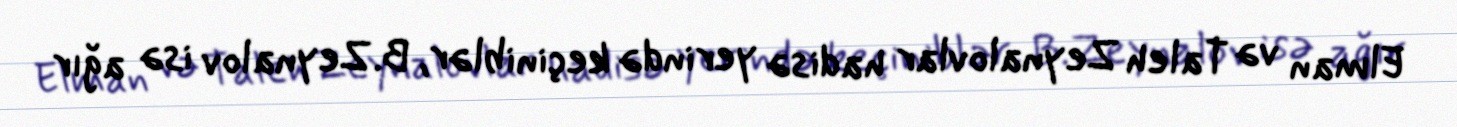
Elman və Taleh Zeynalovlar hadisə yerində keçiniblər, B.Zeynalov isə ağır